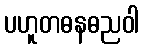
ပဟူတဓနဓညဝါ